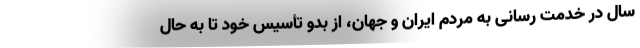
سال در خدمت رسانی به مردم ایران و جهان، از بدو تأسیس خود تا به حال